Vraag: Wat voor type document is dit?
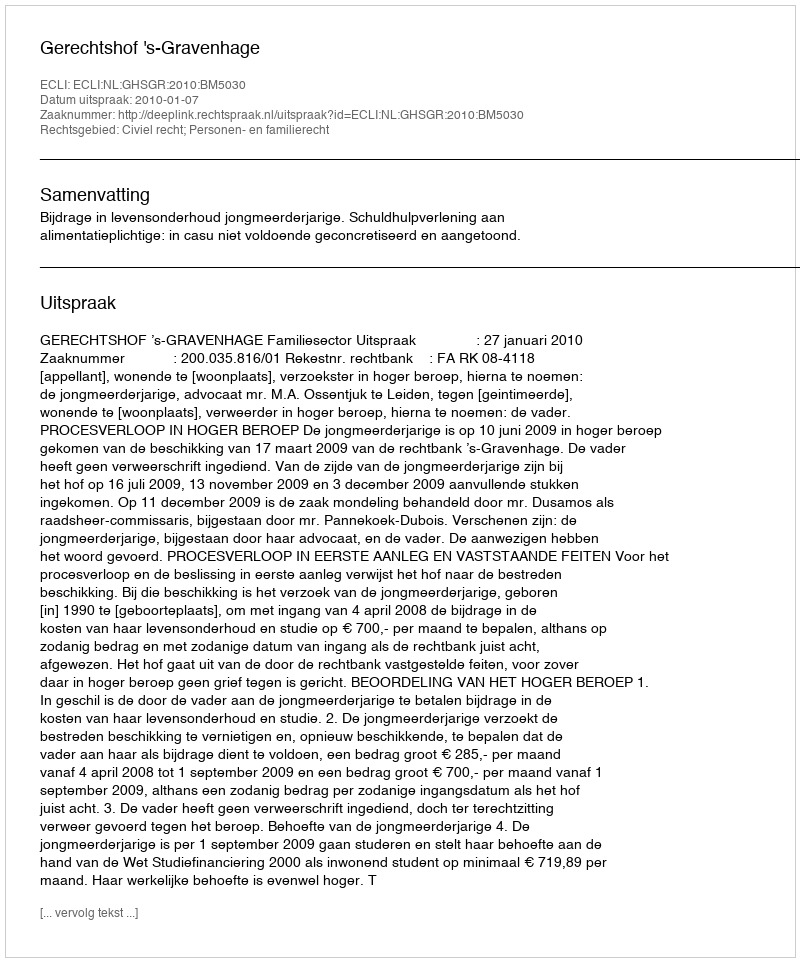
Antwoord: Uitspraak